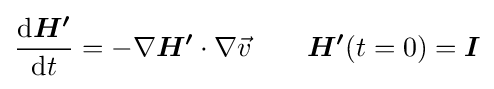
{\frac {\mathrm {d} {\boldsymbol {H^{\prime }}}}{\mathrm {d} t}}=-\nabla {\boldsymbol {H^{\prime }}}\cdot \nabla {\vec {v}}\qquad {\boldsymbol {H^{\prime }}}(t=0)={\boldsymbol {I}}